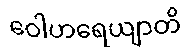
ဝေါဟရေယျာတိ